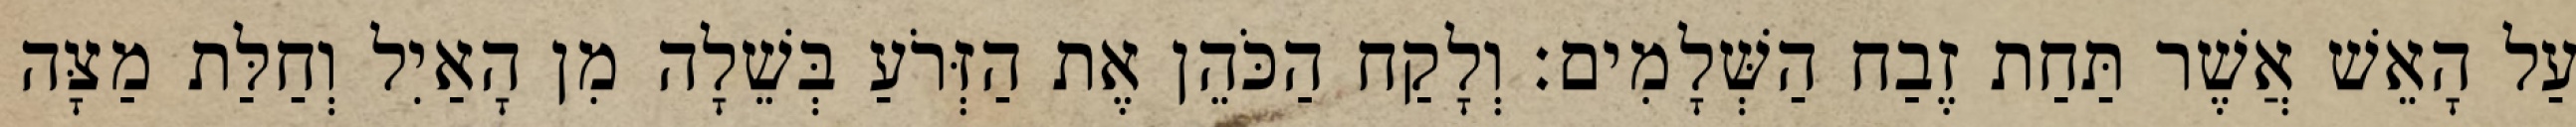
עַל הָאֵשׁ אֲשֶׁר תַּחַת זֶבַח הַשְּׁלָמִים׃ וְלָקַח הַכֹּהֵן אֶת הַזְּרֹעַ בְּשֵׁלָה מִן הָאַיִל וְחַלַּת מַצָּה